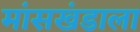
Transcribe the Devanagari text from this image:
मांसखंडाला